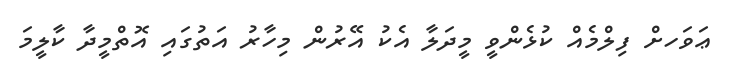
ޢަވަހށް ފިލްމެއް ކުޅެންވީ މީދަލާ އެކު އޭރުން މިހާރު އަތުގައި އޮތްމީދާ ކާލީމަ